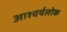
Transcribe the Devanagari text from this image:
आश्चर्यलोक